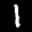
Label: 1